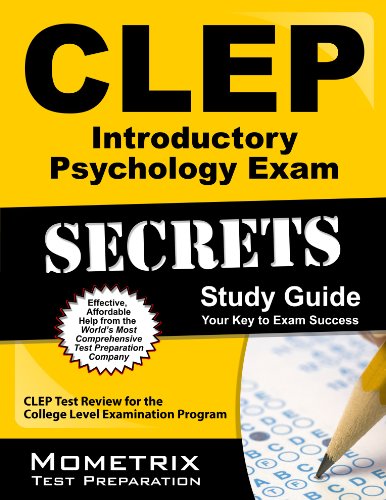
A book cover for CLEP Introductory Psychology Exam Secrets Study Guide: CLEP Test Review for the College Level Examination Program (Mometrix Secrets Study Guides); CLEP Exam Secrets Test Prep Team; Test Preparation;